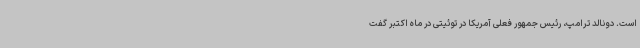
است. دونالد ترامپ، رئیس جمهور فعلی آمریکا در توئیتی در ماه اکتبر گفت